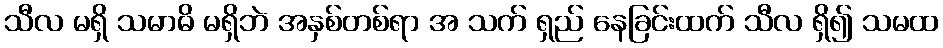
သီလ မရှိ သမာဓိ မရှိဘဲ အနှစ်တစ်ရာ အ သက် ရှည် နေခြင်းထက် သီလ ရှိ၍ သမထ